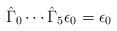
LaTeX: \begin{align*}\hat{\Gamma}_0 \cdots \hat{\Gamma}_5 \epsilon_0 = \epsilon_0\end{align*}